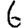
Digit: 6